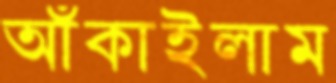
আঁকাইলাম